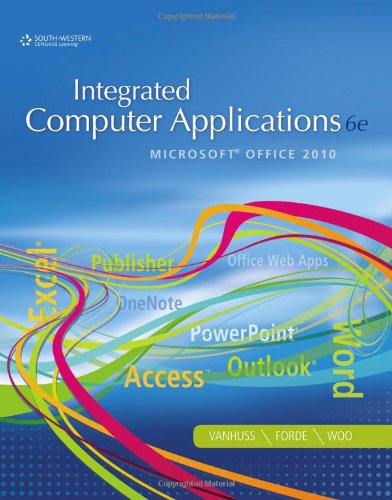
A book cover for Integrated Computer Applications; Susie H. VanHuss; Business & Money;